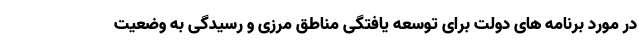
در مورد برنامه های دولت برای توسعه یافتگی مناطق مرزی و رسیدگی به وضعیت